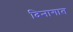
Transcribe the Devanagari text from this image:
दिनागात